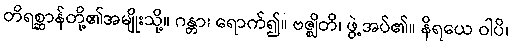
တိရစ္ဆာန်တို့၏အမျိုးသို့။ ဂန္တာ၊ ရောက်၍။ ဗဇ္ဈိတိ၊ ဖွဲ့အပ်၏။ နိရယေ ဝါပိ၊